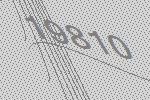
19810